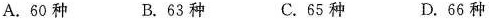
A.60种 B.63种 C.65种 D.66种